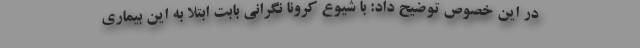
در این خصوص توضیح داد: با شیوع کرونا نگرانی بابت ابتلا به این بیماری